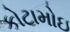
કોટામોઇ